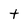
Character: t